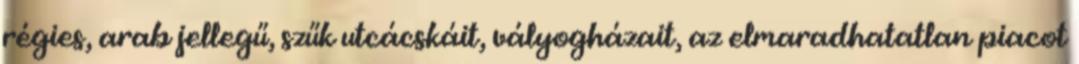
régies, arab jellegű, szűk utcácskáit, vályogházait, az elmaradhatatlan piacot